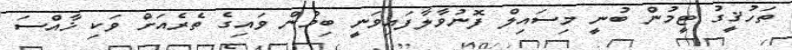
ތަހުޤީގު ޓީމުން ބުނީ މިސައިލް ފޮނުވާލާފައިވަނީ ބިމުން ވައިގެ ތެރެއަށް ވަކި ޚާއްސަ